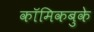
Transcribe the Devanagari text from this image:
कॉमिकबुके